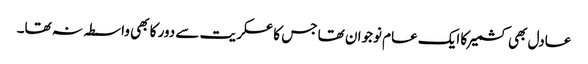
عادل بھی کشمیر کا ایک عام نوجوان تھا جس کا عسکریت سے دور کا بھی واسطہ نہ تھا۔